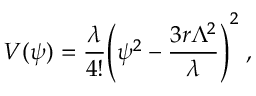
V ( \psi ) = { \frac { \lambda } { 4 ! } } \Biggl ( \psi ^ { 2 } - { \frac { 3 r \Lambda ^ { 2 } } { \lambda } } \Biggr ) ^ { 2 } \; ,